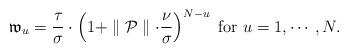
LaTeX: \begin{align*}{}\mathfrak{w}_{u}=\frac{\tau}{\sigma}\cdot\left (1+\parallel {\cal P}\parallel\cdot\frac{\nu}{\sigma}\right )^{N-u}\mbox{ for }u=1,\cdots ,N.\end{align*}